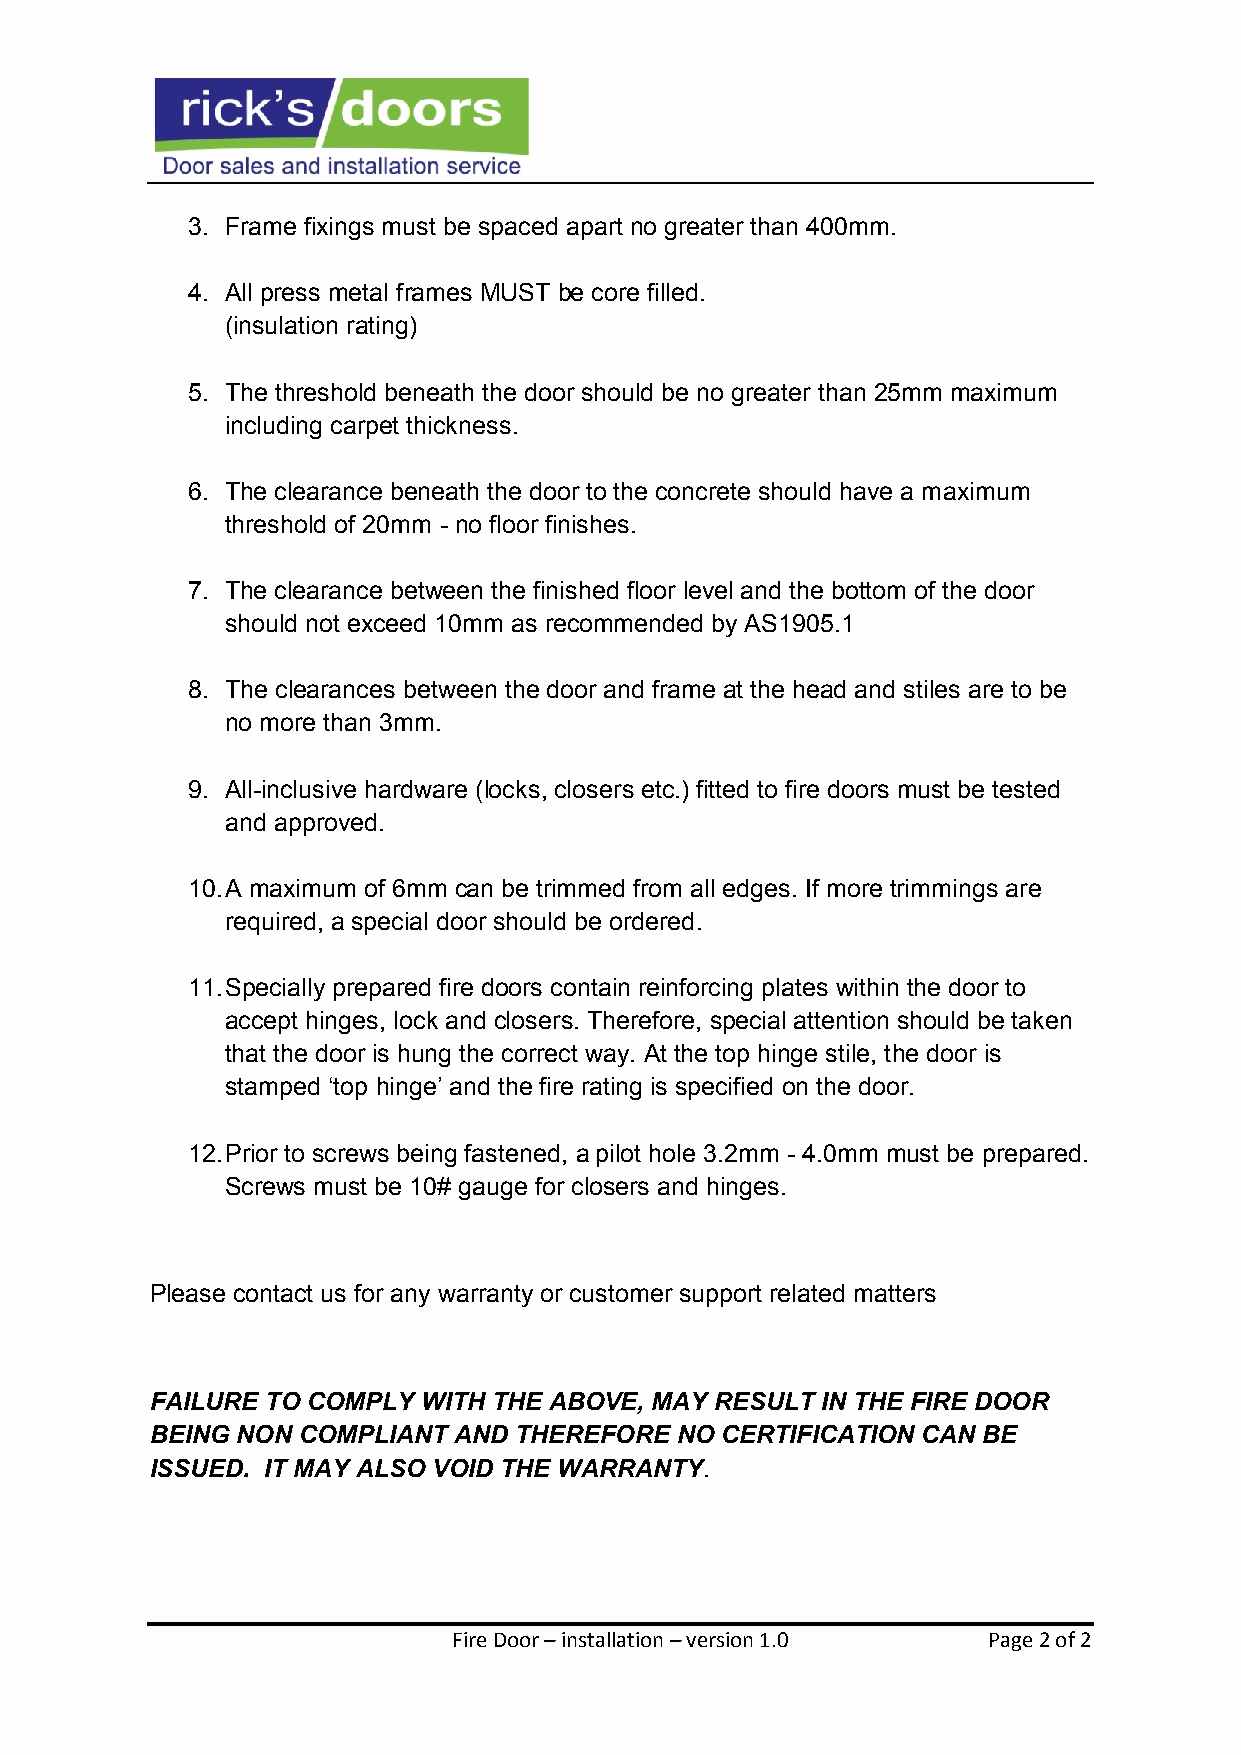
3. Frame fixings must be spaced apart no greater than 400mm.
 4. All press metal frames MUST be core filled.
 (insulation rating)
 5. The threshold beneath the door should be no greater than 25mm maximum
 including carpet thickness.
 6. The clearance beneath the door to the concrete should have a maximum
 threshold of 20mm - no floor finishes.
 7. The clearance between the finished floor level and the bottom of the door
 should not exceed 10mm as recommended by AS1905.1
 8. The clearances between the door and frame at the head and stiles are to be
 no more than 3mm.
 9. All-inclusive hardware (locks, closers etc.) fitted to fire doors must be tested
 and approved.
 10. A maximum of 6mm can be trimmed from all edges. If more trimmings are
 required, a special door should be ordered.
 11. Specially prepared fire doors contain reinforcing plates within the door to
 accept hinges, lock and closers. Therefore, special attention should be taken
 that the door is hung the correct way. At the top hinge stile, the door is
 stamped ‘top hinge’ and the fire rating is specified on the door.
 12. Prior to screws being fastened, a pilot hole 3.2mm - 4.0mm must be prepared.
 Screws must be 10# gauge for closers and hinges.
 Please contact us for any warranty or customer support related matters
 FAILURE TO COMPLY WITH THE ABOVE, MAY RESULT IN THE FIRE DOOR
 BEING NON COMPLIANT AND THEREFORE  NO CERTIFICATION CAN BE
 ISSUED. IT MAY ALSO VOID THE WARRANTY.
 Fire Door – installation – version 1.0 Page 2 of 2